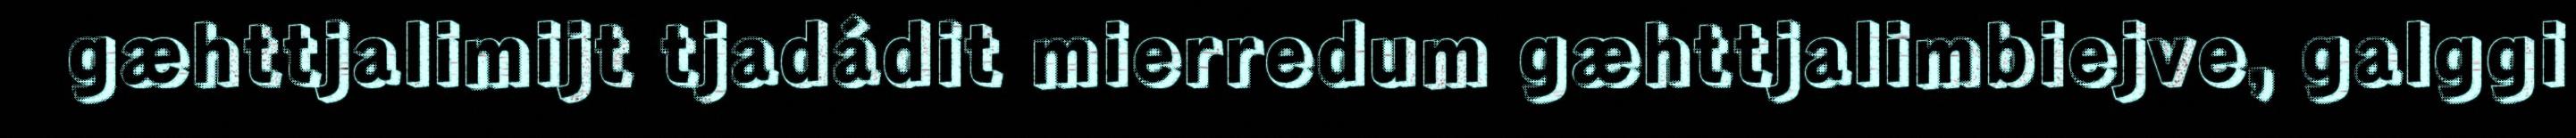
gæhttjalimijt tjadádit mierredum gæhttjalimbiejve, galggi